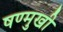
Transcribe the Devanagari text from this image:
षण्मुखी